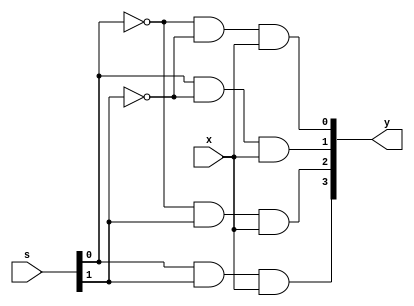
module demux(
  input x,
  input [1:0]s,
  output [3:0] y);
  assign y[0]=~s[0]&~s[1]&x;
  assign y[1]=s[0]&~s[1]&x;
  assign y[2]=~s[0]&s[1]&x;
  assign y[3]=s[0]&s[1]&x;
endmodule